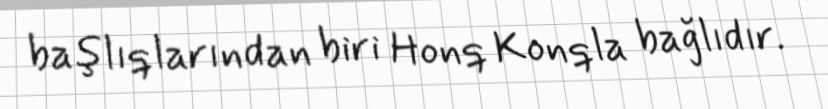
başlıqlarından biri Honq Konqla bağlıdır.